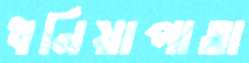
ধনিয়াপাতা